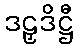
ဒဠှဒိဋ္ဌီ